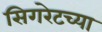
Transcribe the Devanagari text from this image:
सिगरेटच्या